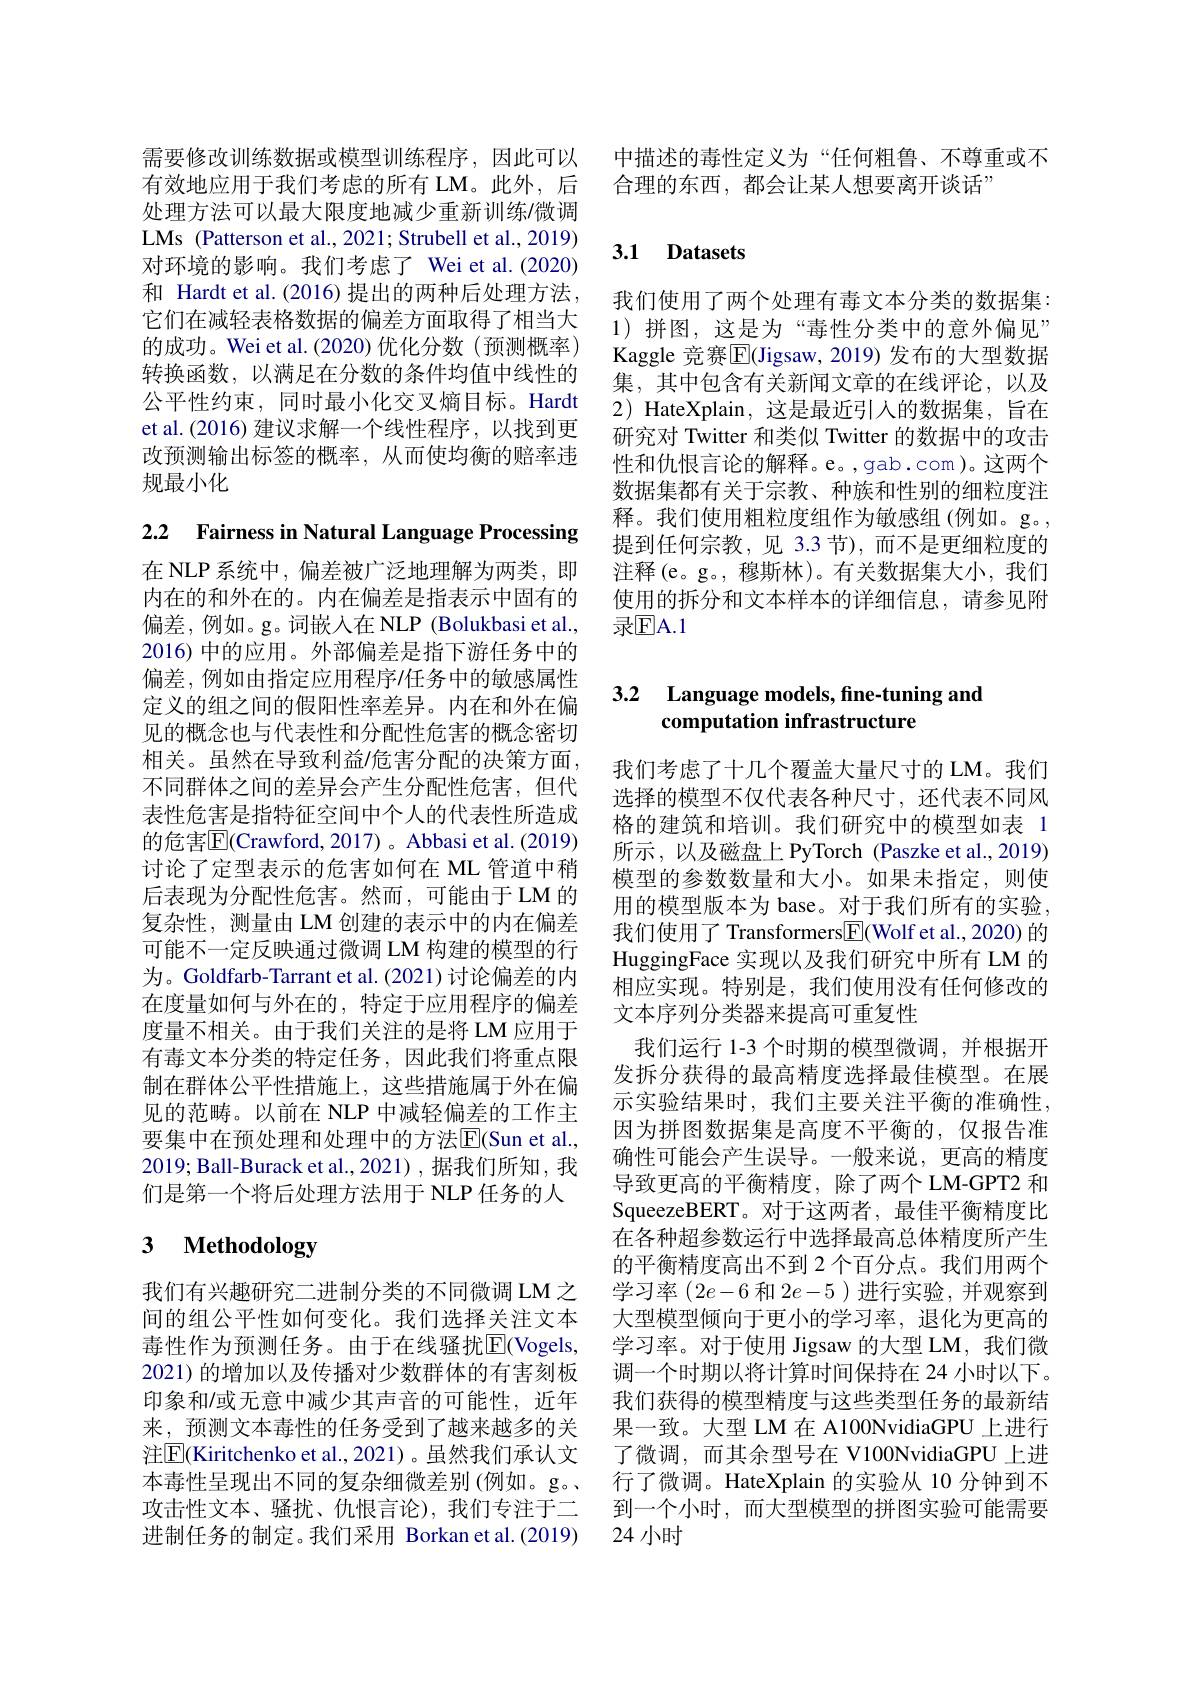
需要修改训练数据或模型训练程序，因此可以有效地应用于我们考虑的所有 LM。此外，后处理方法可以最大限度地减少重新训练/微调LMs (Patterson et al., 2021; Strubell et al., 2019) 对环境的影响。我们考虑了 Wei et al.(2020) 和 Hardt et al.(2016)提出的两种后处理方法， 它们在减轻表格数据的偏差方面取得了相当大的成功。Wei et al.(2020)优化分数(预测概率) 转换函数，以满足在分数的条件均值中线性的公平性约束，同时最小化交叉熵目标。Hardt et al.(2016) 建议求解一个线性程序，以找到更改预测输出标签的概率，从而使均衡的赔率违规最小化

2.2 Fairness in Natural Language Processing

在 NLP 系统中，偏差被广泛地理解为两类，即内在的和外在的。内在偏差是指表示中固有的偏差，例如。g。词嵌人在 NLP (Bolukbasi et al., 2016) 中的应用。外部偏差是指下游任务中的偏差，例如由指定应用程序/任务中的敏感属性定义的组之间的假阳性率差异。内在和外在偏见的概念也与代表性和分配性危害的概念密切相关。虽然在导致利益/危害分配的决策方面， 不同群体之间的差异会产生分配性危害，但代表性危害是指特征空间中个人的代表性所造成的危害$\overline{\mathrm{E}}($Crawford, 2017) 。Abbasi et al. (2019) 讨论了定型表示的危害如何在 ML 管道中稍后表现为分配性危害。然而，可能由于LM 的复杂性，测量由 LM 创建的表示中的内在偏差可能不一定反映通过微调 LM 构建的模型的行为。Goldfarb-Tarrant et al. (2021) 讨论偏差的内在度量如何与外在的，特定于应用程序的偏差度量不相关。由于我们关注的是将 LM 应用于有毒文本分类的特定任务，因此我们将重点限制在群体公平性措施上，这些措施属于外在偏见的范畴。以前在 NLP 中减轻偏差的工作主要集中在预处理和处理中的方法$\overline{\mathrm{E}}($Sun et al., 2019; Ball-Burack et al.,2021),据我们所知，我们是第一个将后处理方法用于 NLP 任务的人

## 3 $\textbf{Methodology}$

我们有兴趣研究二进制分类的不同微调LM 之间的组公平性如何变化。我们选择关注文本毒性作为预测任务。由于在线骚扰[E](Vogels, 2021) 的增加以及传播对少数群体的有害刻板印象和/或无意中减少其声音的可能性，近年来，预测文本毒性的任务受到了越来越多的关注[E](Kiritchenko et al.,2021)。虽然我们承认文

中描述的毒性定义为“任何粗鲁、不尊重或不
合理的东西，都会让某人想要离开谈话”

## 3.1 Datasets

我们使用了两个处理有毒文本分类的数据集： 1)拼图，这是为“毒性分类中的意外偏见” Kaggle 竞赛$\overline{\mathbb{E}}($Jigsaw,2019)发布的大型数据集，其中包含有关新闻文章的在线评论，以及2) HateXplain, 这是最近引人的数据集，旨在研究对 Twitter 和类似 Twitter 的数据中的攻击性和仇恨言论的解释。e。,gab.com)。这两个数据集都有关于宗教、种族和性别的细粒度注释。我们使用粗粒度组作为敏感组(例如。g。, 提到任何宗教，见 3.3 节),而不是更细粒度的注释(e。g。,穆斯林)。有关数据集大小，我们使用的拆分和文本样本的详细信息，请参见附录$\boxed{\mathrm{F}}$A.1

### 3.2 Language models, fine-tuning and computation infrastructure

我们考虑了十几个覆盖大量尺寸的 LM。我们选择的模型不仅代表各种尺寸，还代表不同风格的建筑和培训。我们研究中的模型如表 1所示，以及磁盘上 PyTorch (Paszke et al., 2019) 模型的参数数量和大小。如果未指定，则使用的模型版本为 base。对于我们所有的实验， 我们使用了 Transformers$\boxed{\mathrm{F}}($Wolf et al., 2020) 的HuggingFace 实现以及我们研究中所有 LM 的相应实现。特别是，我们使用没有任何修改的文本序列分类器来提高可重复性
我们运行 1-3 个时期的模型微调，并根据开发拆分获得的最高精度选择最佳模型。在展示实验结果时，我们主要关注平衡的准确性， 因为拼图数据集是高度不平衡的，仅报告准确性可能会产生误导。一般来说，更高的精度导致更高的平衡精度，除了两个 LM-GPT2 和SqueezeBERT。对于这两者，最佳平衡精度比在各种超参数运行中选择最高总体精度所产生的平衡精度高出不到 2个百分点。我们用两个学习率$(2e-6$和$2e-5$ )进行实验，并观察到大型模型倾向于更小的学习率，退化为更高的学习率。对于使用 Jigsaw 的大型 LM,我们微调一个时期以将计算时间保持在 24 小时以下。我们获得的模型精度与这些类型任务的最新结果一致。大型 LM 在 A100NvidiaGPU 上进行了微调，而其余型号在 V100NvidiaGPU 上进
本毒性呈现出不同的复杂细微差别(例如。g。、 行了微调。HateXplain 的实验从 10 分钟到不攻击性文本、骚扰、仇恨言论),我们专注于二 到一个小时，而大型模型的拼图实验可能需要进制任务的制定。我们采用 Borkan et al.(2019) 24 小时